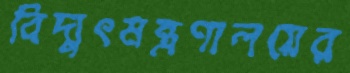
বিদ্যুৎমন্ত্রণালয়ের